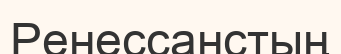
Ренессанстың